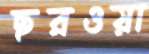
ছরওয়া